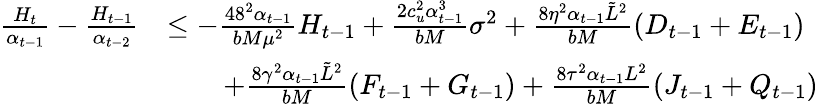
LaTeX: \begin{array}{rl}{\frac{H_{t}}{\alpha_{t-1}}-\frac{H_{t-1}}{\alpha_{t-2}}}&{\leq-\frac{48^{2}\alpha_{t-1}}{bM\mu^{2}}H_{t-1}+\frac{2c_{u}^{2}\alpha_{t-1}^{3}}{bM}\sigma^{2}+\frac{8\eta^{2}\alpha_{t-1}\tilde{L}^{2}}{bM}(D_{t-1}+E_{t-1})}\\ &{\qquad+\frac{8\gamma^{2}\alpha_{t-1}\tilde{L}^{2}}{bM}(F_{t-1}+G_{t-1})+\frac{8\tau^{2}\alpha_{t-1}L^{2}}{bM}(J_{t-1}+Q_{t-1})}\end{array}